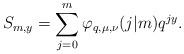
LaTeX: \begin{align*}S_{m,y} = \sum_{j=0}^{m} \varphi_{q,\mu,\nu}(j|m) q^{jy}.\end{align*}